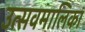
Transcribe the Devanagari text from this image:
उत्सवमालिका